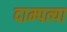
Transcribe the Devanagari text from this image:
दाम्पत्या